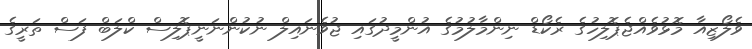
ވެލޯޒިއާ މޮޅުވެއްޖެޕޮލިހުގެ ރެކޯޑް ނިންމާލުމުގެ އުންމީދުގައި ޖުވެނައިލް ނުކުންނަނީޕޮލިސް ކްލަބް ފަސް ތަރީގެ